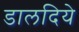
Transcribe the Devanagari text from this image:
डालदिये